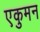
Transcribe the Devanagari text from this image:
एकुमन